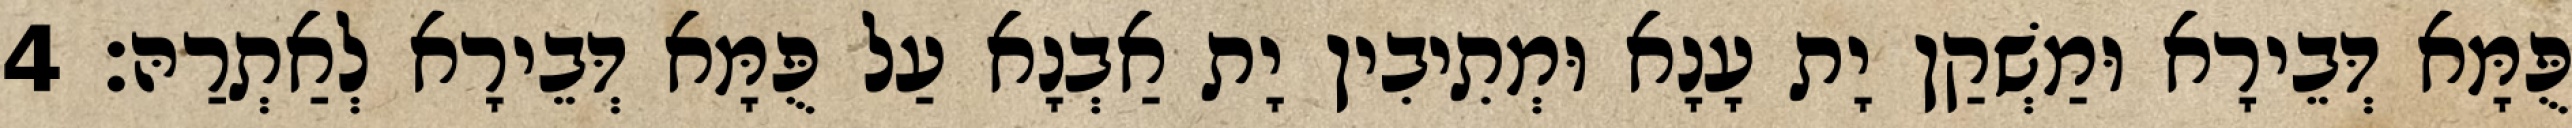
פֻּמָּא דְּבֵירָא וּמַשְׁקַן יָת עָנָא וּמְתִיבִין יָת אַבְנָא עַל פֻּמָּא דְּבֵירָא לְאַתְרַהּ׃ 4